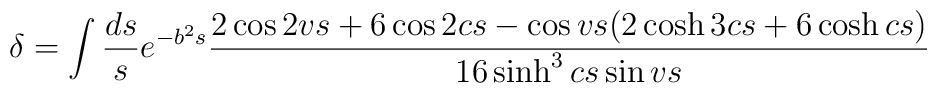
\delta =\int \frac{ds}{s} e^{-b^2 s} \frac{2\cos 2vs +6\cos 2cs -\cos vs (2\cosh 3cs +6\cosh cs)}{16\sinh^{3} cs \sin vs}